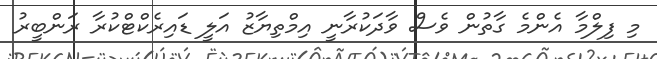
މި ފިލްމާ އެންމެ ގާތުން ވެސް ވާދަކުރާނީ އިމްތިޔާޒު އަލީ ޑައިރެކްޓްކުރާ ރަންބީރު